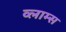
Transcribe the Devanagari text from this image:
व्लाम्स